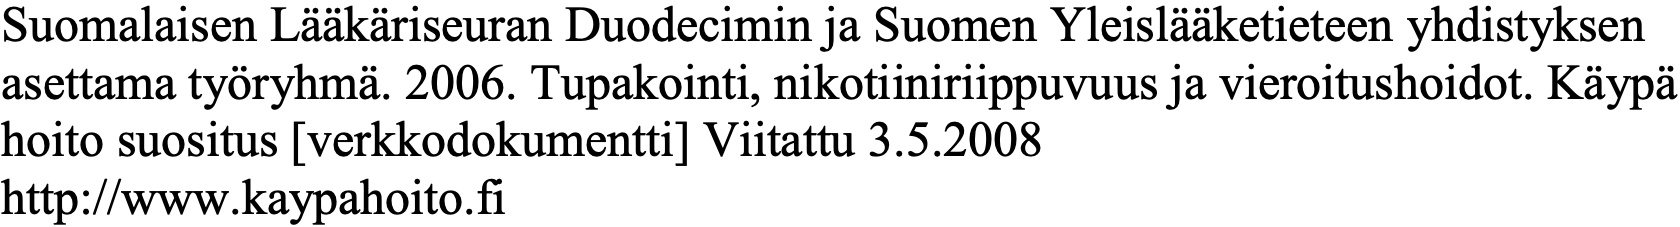
Suomalaisen Lääkäriseuran Duodecimin ja Suomen Yleislääketieteen yhdistyksen asettama työryhmä. 2006. Tupakointi, nikotiiniriippuvuus ja vieroitushoidot. Käypä hoito suositus [verkkodokumentti] Viitattu 3.5.2008 http://www.kaypahoito.fi